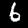
Label: 6